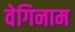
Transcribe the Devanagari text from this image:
वेगिनाम